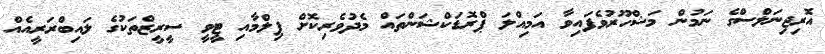
އޮރިޖިނަލްސްގެ ނަމުން މަޝްހޫރުވެފައިވާ އަމިއްލަ ޕްރޮޑަކްޝަންތައް މެދުވެރިކޮށް ފިލްމާއި ޓީވީ ސީރީޒްތަކުގެ ލައިބްރަރީއެއް